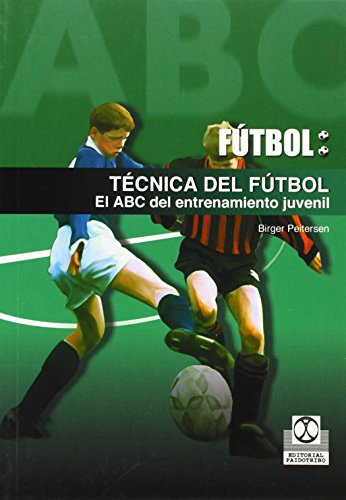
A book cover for Futbol / Soccer: Tecnica Del Futbol. El Abc Del Entrenamiento Juvenil / Soccer Techniques, The ABC of the Juvenile Entertainment (Spanish Edition); Birger Peitersen; Teen & Young Adult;